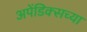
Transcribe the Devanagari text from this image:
अपेंडिक्सच्या